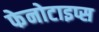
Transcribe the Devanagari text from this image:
फेनोटाइप्स